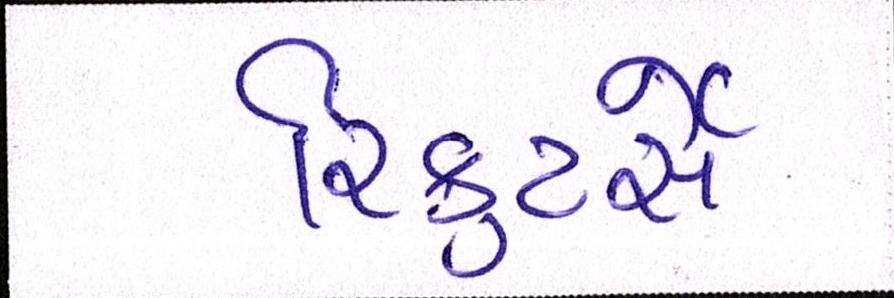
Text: રિક્રુટર્સે